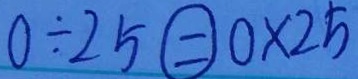
0 \div 2 5 \textcircled { = } 0 \times 2 5